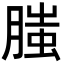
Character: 𦞲